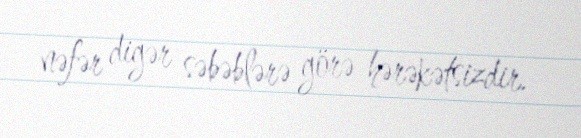
nəfər digər səbəblərə görə hərəkətsizdir.